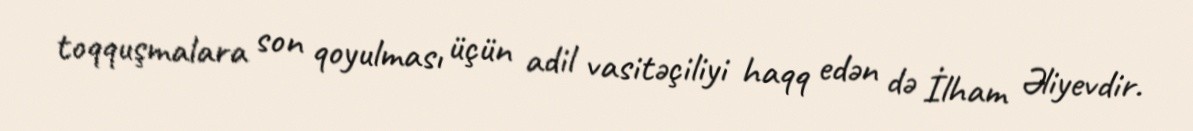
toqquşmalara son qoyulması üçün adil vasitəçiliyi haqq edən də İlham Əliyevdir.